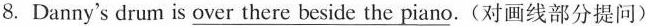
8. Danny's drum is over there beside the piano.(对画线部分提问)